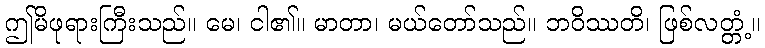
ဤမိဖုရားကြီးသည်။ မေ၊ ငါ၏။ မာတာ၊ မယ်တော်သည်။ ဘဝိဿတိ၊ ဖြစ်လတ္တံ့။